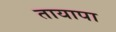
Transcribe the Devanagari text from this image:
तायापा